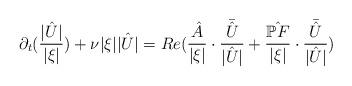
LaTeX: \begin{align*}\partial_t(\frac{|\hat{U}|}{|\xi|})+\nu |\xi||\hat{U}|=Re(\frac{\hat{A}}{|\xi|} \cdot\frac{\bar{\hat{U}}}{|\hat{U}|}+\frac{\hat{\mathbb{P}F}}{|\xi|} \cdot\frac{\bar{\hat{U}}}{|\hat{U}|})\end{align*}